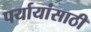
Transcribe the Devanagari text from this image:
पर्यायांसाठी